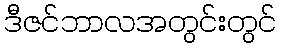
ဒီဇင်ဘာလအတွင်းတွင်